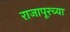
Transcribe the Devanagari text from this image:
राजापूरच्या